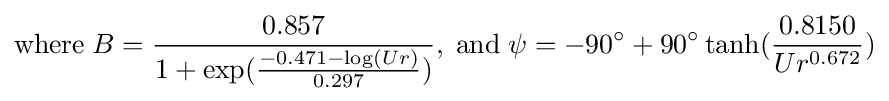
{\textrm {where}}\;B={\frac {0.857}{1+\exp({\frac {-0.471-\log(Ur)}{0.297}})}},\;{\textrm {and}}\;\psi =-90^{\circ }+90^{\circ }\tanh({\frac {0.8150}{Ur^{0.672}}})